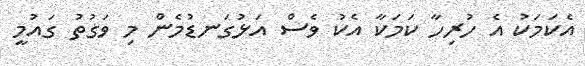
އެކަމަކު އެ ހުރިހާ ކަމަކާ އެކު ވެސް އަޅުގަނޑުމެން މި ވަގުތު ގައުމީ